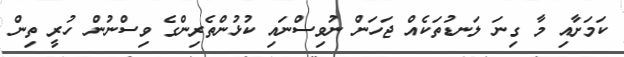
ކަމަށާއި މާ ގިނަ ލަނޑުތަކެއް ޖަހަން ނުވިސްނައި ކުޅުންތެރިންގެ ވިސްނުން ހުރީ ތިން